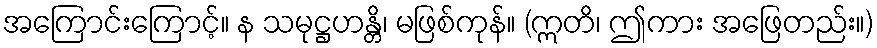
အကြောင်းကြောင့်။ န သမုဋ္ဌဟန္တိ၊ မဖြစ်ကုန်။ (ဣတိ၊ ဤကား အဖြေတည်း။)